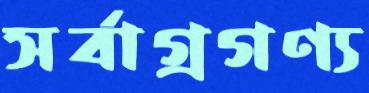
সর্বাগ্রগণ্য